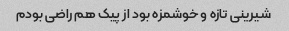
شیرینی تازه و خوشمزه بود از پیک هم راضی بودم